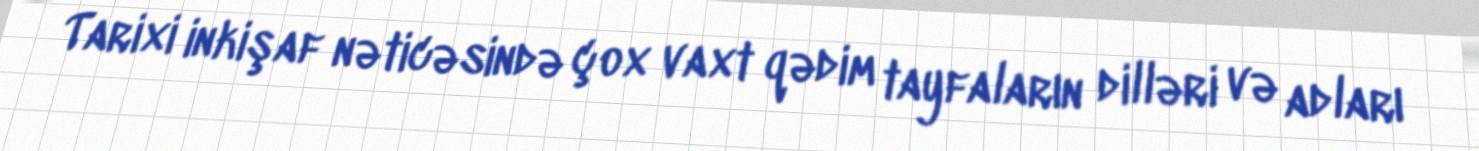
Tarixi inkişaf nəticəsində çox vaxt qədim tayfaların dilləri və adları